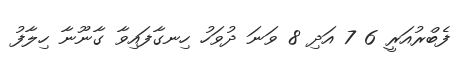
ފެބްރުއަރީ 6 7 އަދި 8 ވަނަ ދުވަހު ހިނގާފައިވާ ގާނޫނާ ހިލާފު